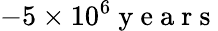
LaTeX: -5\times 10^{6}\mathrm{~y~e~a~r~s~}